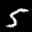
Label: 5